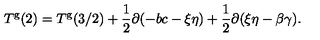
T ^ { \mathrm { g } } ( 2 ) = T ^ { \mathrm { g } } ( 3 / 2 ) + \frac { 1 } { 2 } \partial ( - b c - \xi \eta ) + \frac { 1 } { 2 } \partial ( \xi \eta - \beta \gamma ) .